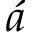
\acute { a }